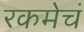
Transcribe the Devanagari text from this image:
रकमेचं